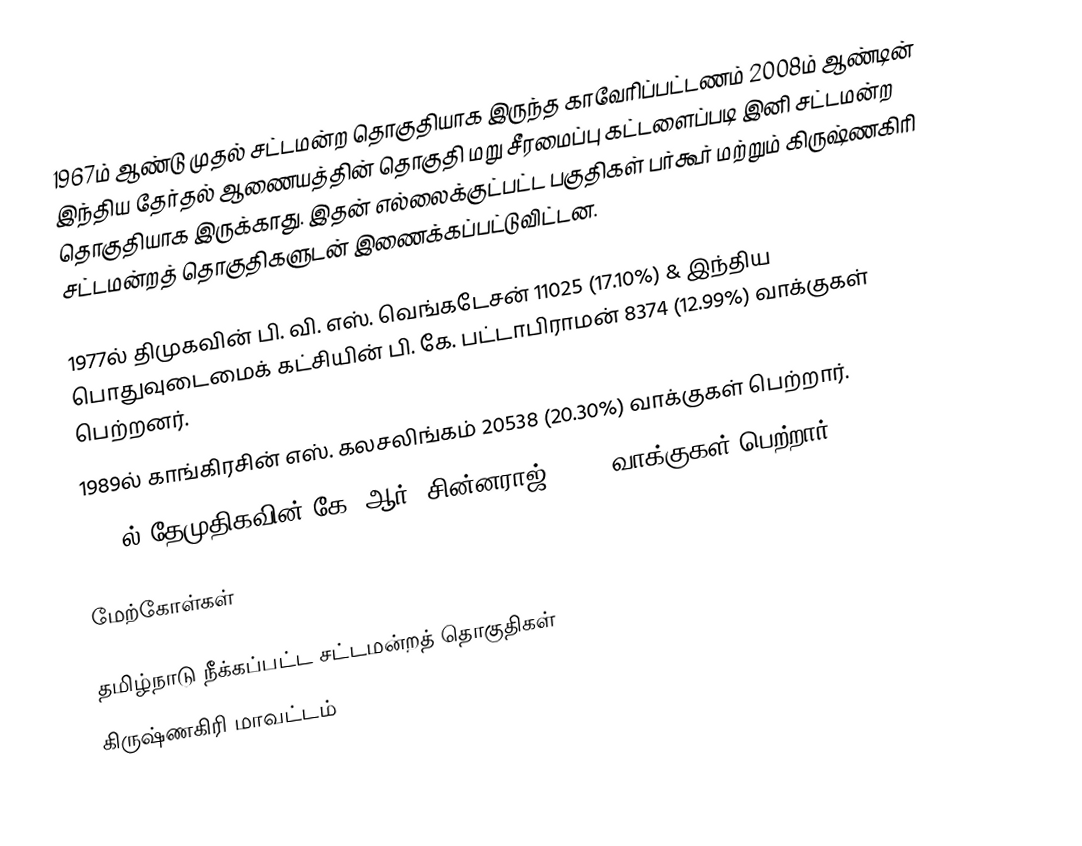
1967ம் ஆண்டு முதல் சட்டமன்ற தொகுதியாக இருந்த காவேரிப்பட்டணம் 2008ம் ஆண்டின் இந்திய தேர்தல் ஆணையத்தின் தொகுதி மறு சீரமைப்பு கட்டளைப்படி இனி சட்டமன்ற தொகுதியாக இருக்காது. இதன் எல்லைக்குட்பட்ட பகுதிகள் பர்கூர் மற்றும் கிருஷ்ணகிரி சட்டமன்றத் தொகுதிகளுடன் இணைக்கப்பட்டுவிட்டன.

 1977ல் திமுகவின் பி. வி. எஸ். வெங்கடேசன் 11025 (17.10%) & இந்திய பொதுவுடைமைக் கட்சியின் பி. கே. பட்டாபிராமன் 8374 (12.99%) வாக்குகள் பெற்றனர்.
 1989ல் காங்கிரசின் எஸ். கலசலிங்கம் 20538 (20.30%) வாக்குகள் பெற்றார்.
2006ல் தேமுதிகவின் கே. ஆர். சின்னராஜ் 14892 வாக்குகள் பெற்றார்.

மேற்கோள்கள்

தமிழ்நாடு நீக்கப்பட்ட சட்டமன்றத் தொகுதிகள்
கிருஷ்ணகிரி மாவட்டம்